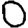
Digit: 0